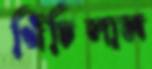
খিঁচিলাম